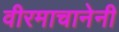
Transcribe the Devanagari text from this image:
वीरमाचानेनी